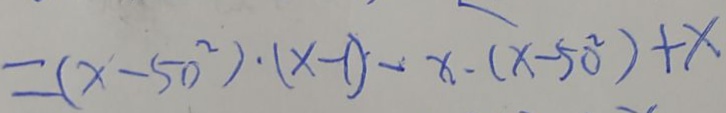
= ( x - 5 0 ^ { 2 } ) \cdot ( x - 1 ) - x \cdot ( x - 5 0 ^ { 2 } ) + x